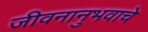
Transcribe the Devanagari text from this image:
जीवनानुभवाचे